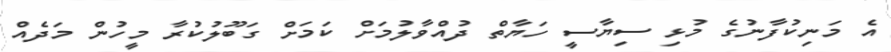
އެ މަނިކުފާނުގެ މުޅި ސިޔާސީ ހަޔާތް ދުއްވާލުމަށް ކަމަށް ގަބޫލުކުރާ މީހުން މަދެއް